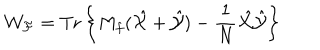
{ \mathcal { W _ { F } } } = \mathrm { T r } \left\{ M _ { f } ( \hat { \mathcal { X } } + \hat { \mathcal { Y } } ) - \frac { 1 } { N } \hat { \mathcal { X } } \hat { \mathcal { Y } } \right\}